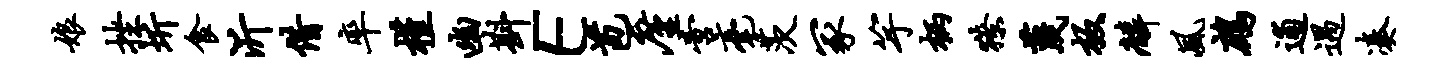
娘挫圻食沂借率槿幽斟E苞廑啻毫茨冢竽柄獠蔑板麟风鹧逋遇凑